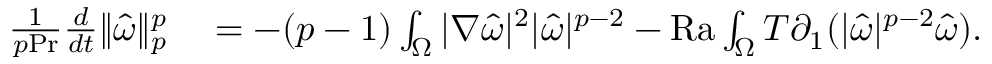
\begin{array} { r l } { \frac { 1 } { p \mathrm { { P r } } } \frac { d } { d t } \| \hat { \omega } \| _ { p } ^ { p } } & { { } = - ( p - 1 ) \int _ { \Omega } | \nabla \hat { \omega } | ^ { 2 } | \hat { \omega } | ^ { p - 2 } - \mathrm { { R a } } \int _ { \Omega } T \partial _ { 1 } ( | \hat { \omega } | ^ { p - 2 } \hat { \omega } ) . } \end{array}